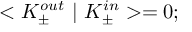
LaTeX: < K _ { \pm } ^ { o u t } \ | \ K _ { \pm } ^ { i n } > = 0 ;